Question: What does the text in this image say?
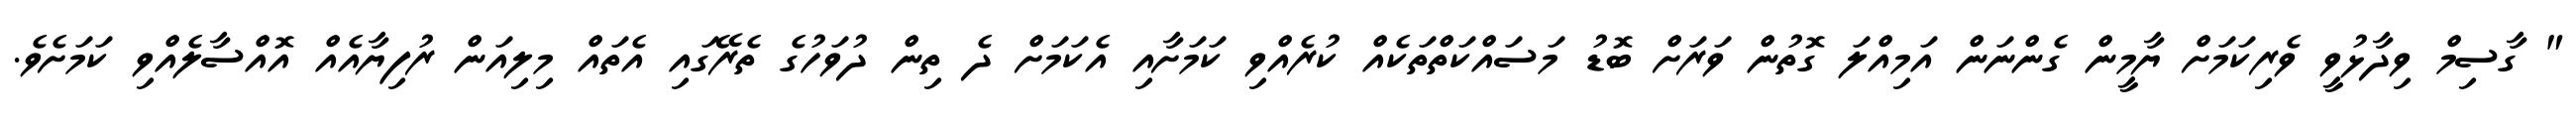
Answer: " ގާސިމް ވިދާޅުވީ ވެރިކަމަށް ޔާމީން ގެންނަން އަމިއްލަ ގޮތުން ވަރަށް ބޮޑު މަސައްކަތްތަކެއް ކުރެއްވި ކަމަށާއި އެކަމަށް ދެ ތިން ދުވަހުގެ ތެރޭގައި އެތައް މިލިއަން ރުފިޔާއެއް އޮއްސާލެއްވި ކަމަށެވެ.